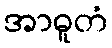
အာဓူတံ